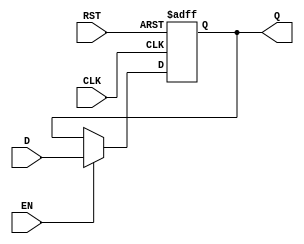
module BarrierRegister (
    input wire [N-1:0] D,      // Data input
    input wire EN,              // Enable signal
    input wire CLK,             // Clock signal
    input wire RST,             // Asynchronous reset signal
    output reg [N-1:0] Q        // Data output
);
    parameter N = 8;            // Size of the register (default is 8 bits)

    // Asynchronous reset and synchronous data capture
    always @(posedge CLK or posedge RST) begin
        if (RST) begin
            Q <= 0;              // Set output to predefined value (zero) on reset
        end else if (EN) begin
            Q <= D;              // Capture data input on clock edge if enabled
        end
        // If EN is low, Q remains unchanged
    end
endmodule